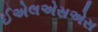
ઈએલએસએસ